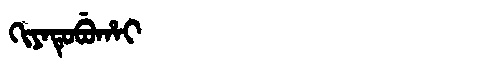
Manchu: ᡴᡳᠶᠠᡨᡠᠪᡠᡥᠠᡳ
Romanization: KIYATUBUHAI